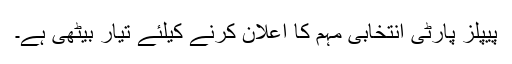
پیپلز پارٹی انتخابی مہم کا اعلان کرنے کیلئے تیار بیٹھی ہے۔